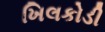
ખિલકોડી